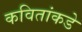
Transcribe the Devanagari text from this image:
कवितांकडे